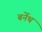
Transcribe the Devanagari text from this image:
बर्नेथ